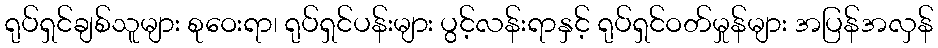
ရုပ်ရှင်ချစ်သူများ စုဝေးရာ၊ ရုပ်ရှင်ပန်းများ ပွင့်လန်းရာနှင့် ရုပ်ရှင်ဝတ်မှုန်များ အပြန်အလှန်